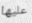
عليها